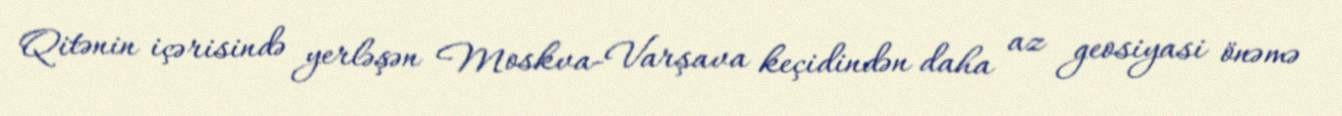
Qitənin içərisində yerləşən Moskva-Varşava keçidindən daha az geosiyasi önəmə